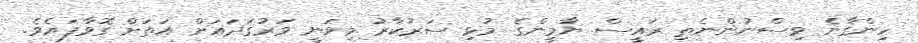
ހިންގާނެ ވިސްނުންނެތި ރައީސް ޔާމީންގެ މުޅި ސަރުކާރު މިވަނީ ވަރުގަދައަށް އަތަށް ގޮވާފައެވެ.